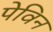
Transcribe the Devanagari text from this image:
पेविन